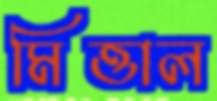
মিত্তাল